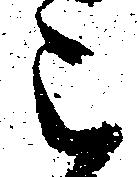
被